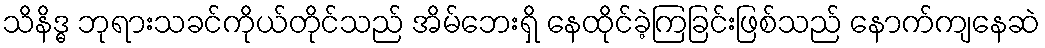
သိနိဒ္ဓ ဘုရားသခင်ကိုယ်တိုင်သည် အိမ်ဘေးရှိ နေထိုင်ခဲ့ကြခြင်းဖြစ်သည် နောက်ကျနေဆဲ